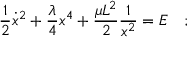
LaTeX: { \frac { 1 } { 2 } } { \dot { x } } ^ { 2 } + { \frac { \lambda } { 4 } } x ^ { 4 } + { \frac { \mu L ^ { 2 } } { 2 } } { \frac { 1 } { x ^ { 2 } } } = E ~ ~ ~ ;